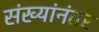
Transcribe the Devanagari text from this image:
संख्यांनंतर